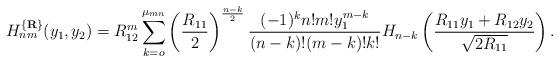
LaTeX: \begin{align*}\mbox{$H_{nm}^{\{{\bf R}\}}(y_1,y_2)$}=R_{12}^m\sum_{k=o}^{\mu_{mn}}\left(\frac {R_{11}}2\right)^{\frac {n-k}2}\frac {(-1)^kn!m!y_1^{m-k}}{(n-k)!(m-k)!k!}H_{n-k}\left(\frac {R_{11}y_1+R_{12}y_2}{\sqrt {2R_{11}}}\right).\end{align*}